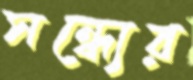
সন্ধ্যের